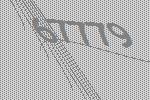
67779